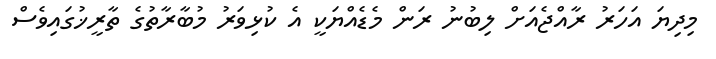
މިދިޔަ އަހަރު ރާއްޖެއަށް ލިބުނު ރަން މެޑެއްޔަކީ އެ ކުޅިވަރު މުބާރާތުގެ ތާރީޚުގައިވެސް